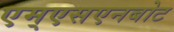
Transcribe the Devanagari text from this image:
एम्एसएनबोट